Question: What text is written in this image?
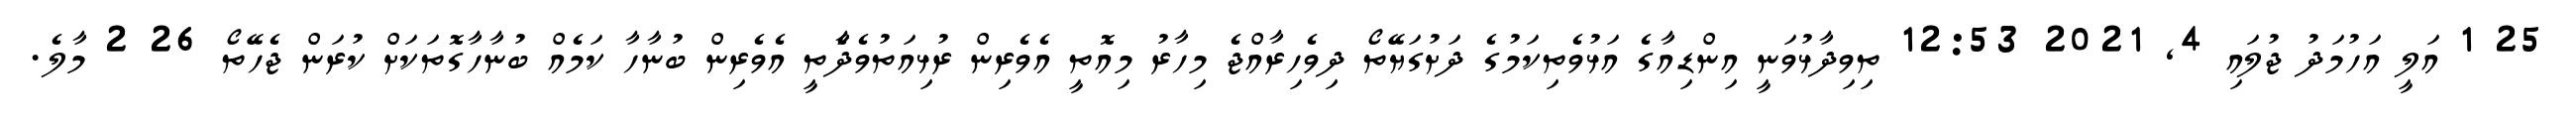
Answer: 25 1 އަލީ އަހުމަދު ޖުލައި 4, 2021 12:53 ތިވިދާޅުވަނީ އިންޑިއާގެ އަޅުވެތިކަމުގެ ދަށުގަޔޭތޯ ދިވެހިރާއްޖެ މިހާރު މިއޮތީ އެވެރިން ރުޅިއަތުވެދާެތީ އެވެރިން ބުނާހާ ކަމެއް ބުނާހާގޮތަކަށް ކުރަން ޖެހޭތޯ 26 2 މާލެ.